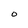
Character: O